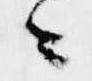
ニ